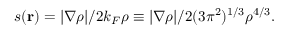
s ( \mathbf { r } ) = | \nabla \rho | / 2 k _ { F } \rho \equiv | \nabla \rho | / 2 ( 3 \pi ^ { 2 } ) ^ { 1 / 3 } \rho ^ { 4 / 3 } .